Vaccination in the Punjab 1883-1896 - 1883-1896
Year: 1883
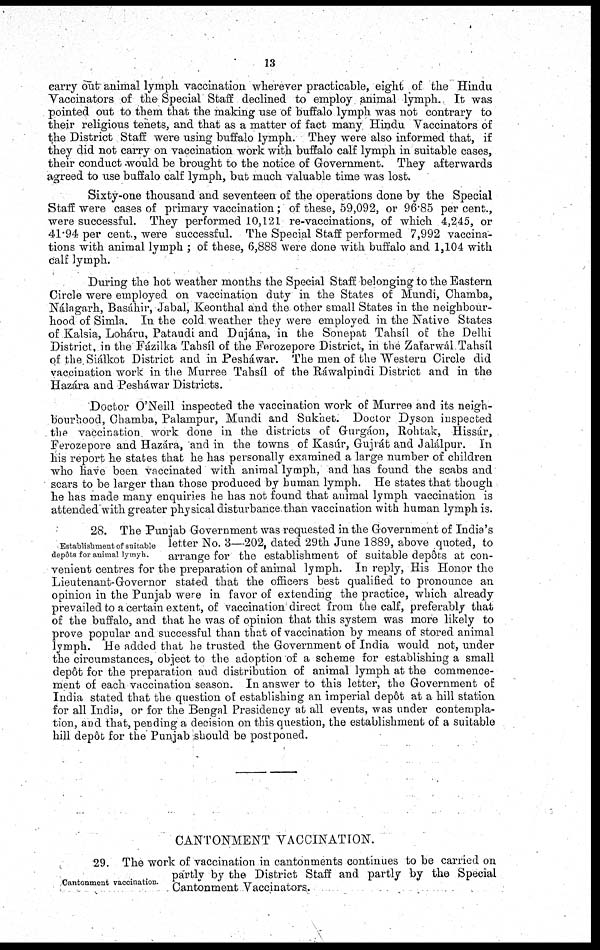
13
carry out animal lymph vaccination wherever practicable, eight of the Hindu
Vaccinators of the Special Staff declined to employ animal lymph. It was
pointed out to them that the making use of buffalo lymph was not contrary to
their religious tenets, and that as a matter of fact many Hindu Vaccinators of
the District Staff were using buffalo lymph. They were also informed that, if
they did not carry on vaccination work with buffalo calf lymph in suitable cases,
their conduct would be brought to the notice of Government. They afterwards
agreed to use buffalo calf lymph, but much valuable time was lost.
Sixty-one thousand and seventeen of the operations done by the Special
Staff were cases of primary vaccination; of these, 59,092, or 96.85 per cent.,
were successful. They performed 10,121 re-vaccinations, of which 4,245, or
41.94 per cent., were successful. The Special Staff performed 7,992 vaccina-
tions with animal lymph ; of these, 6,888 were done with buffalo and 1,104 with
calf lymph.
During the hot weather months the Special Staff belonging to the Eastern
Circle were employed on vaccination duty in the States of Mundi, Chamba,
Nálagarh, Basáhir, Jabal, Keonthal and the other small States in the neighbour-
hood of Simla. In the cold weather they were employed in the Native States
of Kalsia, Loháru, Pataudi and Dujána, in the Sonepat Tahsíl of the Delhi
District, in the Fázilka Tahsíl of the Ferozepore District, in the Zafarwál Tahsíl
of the Siálkot District and in Pesháwar. The men of the Western Circle did
vaccination work in the Murree Tahsíl of the Ráwalpindi District and in the
Hazára and Pesháwar Districts.
Doctor O'Neill inspected the vaccination work of Murree and its neigh-
bourhood, Chamba, Palampur, Mundi and Sukhet. Doctor Dyson inspected
the vaccination work done in the districts of Gurgáon, Rohtak, Hissár,
Ferozepore and Hazára, and in the towns of Kasúr, Gujrát and Jalálpur. In
his report he states that he has personally examined a large number of children
who have been vaccinated with animal lymph, and has found the scabs and
scars to be larger than those produced by human lymph. He states that though
he has made many enquiries he has not found that animal lymph vaccination is
attended with greater physical disturbance than vaccination with human lymph is.
Establishment of suitable
depôts for animal lymph.
28. The Punjab Government was requested in the Government of India's
letter No. 3—202, dated 29th June 1889, above quoted, to
arrange for the establishment of suitable depôts at con-
venient centres for the preparation of animal lymph. In reply, His Honor the
Lieutenant-Governor stated that the officers best qualified to pronounce an
opinion in the Punjab were in favor of extending the practice, which already
prevailed to a certain extent, of vaccination direct from the calf, preferably that
of the buffalo, and that he was of opinion that this system was more likely to
prove popular and successful than that of vaccination by means of stored animal
lymph. He added that he trusted the Government of India would not, under
the circumstances, object to the adoption of a scheme for establishing a small
depôt for the preparation and distribution of animal lymph at the commence-
ment of each vaccination season. In answer to this letter, the Government of
India stated that the question of establishing an imperial depôt at a hill station
for all India, or for the Bengal Presidency at all events, was under contempla-
tion, and that, pending a decision on this question, the establishment of a suitable
hill depôt for the Punjab should be postponed.
CANTONMENT VACCINATION.
Cantonment vaccination.
29. The work of vaccination in cantonments continues to be carried on
partly by the District Staff and partly by the Special
Cantonment Vaccinators.